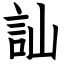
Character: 訕